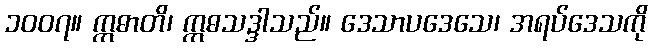
၁၀၀၇။ ဣဓာတိ၊ ဣဓသဒ္ဒါသည်။ ဒေသာပဒေသေ၊ အရပ်ဒေသကို